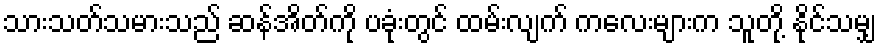
သားသတ်သမားသည် ဆန်အိတ်ကို ပခုံးတွင် ထမ်းလျက် ကလေးများက သူတို့ နိုင်သမျှ